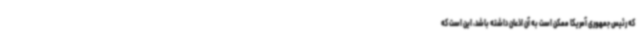
که رئیس جمهوری آمریکا ممکن است به آن اذعان داشته باشد، این است که